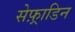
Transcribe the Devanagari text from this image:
सेफ़्राडिन